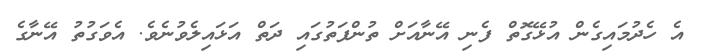
އެ ހެދުމައިގެން އުޅޭގޮތް ފެނި އޭނާއަށް ތުންފަތުގައި ދަތް އަޅައިލެވުނެވެ. އެވަގުތު އޭނާގެ